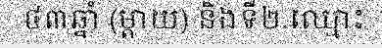
៤៣ឆ្នាំ (ម្តាយ) និងទី២.ឈ្មោះ